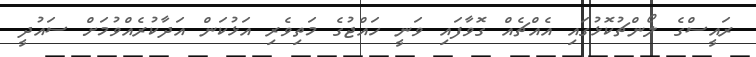
ރައީސްގެ ލޯންޗުކޮޅުގައި އެއްޗެއް ގޮވާފައި ވަނީ ހައްޖުގެ މަތިވެރި އަޅުކަން އަދާކުރެއްވުމަށް ސައުދީ